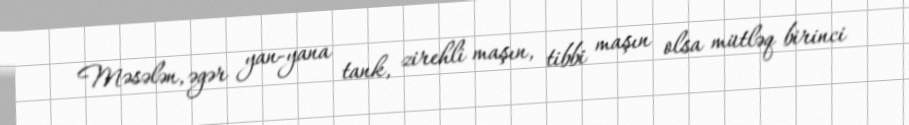
Məsələn, əgər yan-yana tank, zirehli maşın, tibbi maşın olsa mütləq birinci